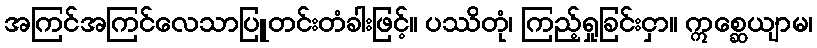
အကြင်အကြင်လေသာပြူတင်းတံခါးဖြင့်။ ပဿိတုံ၊ ကြည့်ရှုခြင်းငှာ။ ဣစ္ဆေယျာမ၊